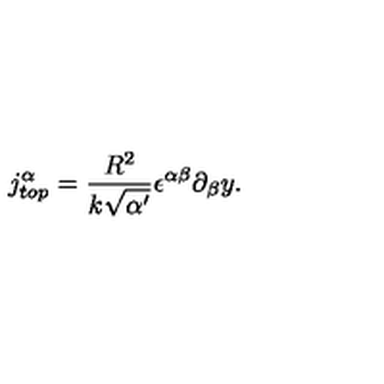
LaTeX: j _ { t o p } ^ { \alpha } = \frac { R ^ { 2 } } { k \sqrt { \alpha ^ { \prime } } } \epsilon ^ { \alpha \beta } \partial _ { \beta } y .